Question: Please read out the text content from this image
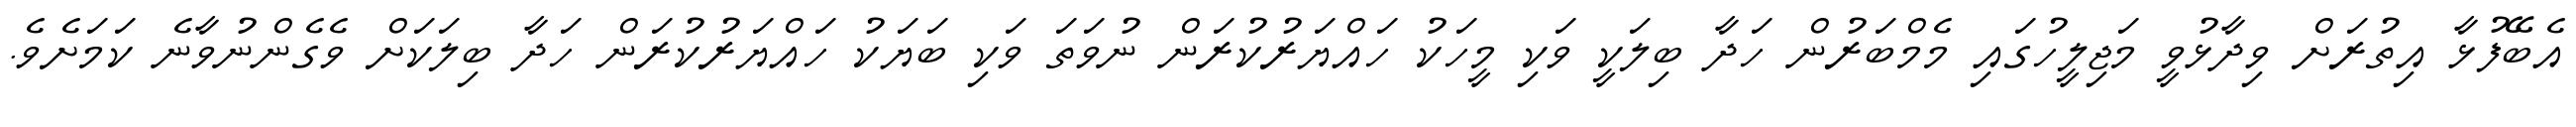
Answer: އެބޭފުޅާ އިތުރަށް ވިދާޅުވީ މަޖިލީހުގައި މެމްބަރުން ހަދާ ބިލަކީ ވަކި މީހަކު ހައްޔަރުކުރަން ނުވަތަ ވަކި ބަޔަކު ހައްޔަރުކުރަން ހަދާ ބިލަކަށް ވެގެންނުވާނެ ކަމަށެވެ.